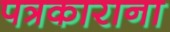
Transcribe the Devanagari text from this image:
पत्रकाराना